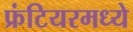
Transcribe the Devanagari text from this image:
फ्रंटियरमध्ये